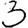
Digit: 3